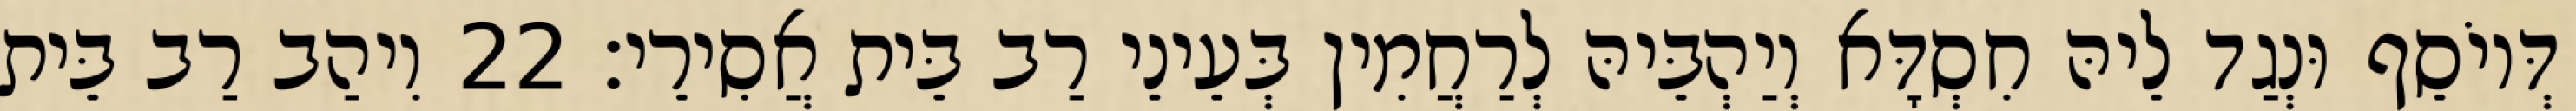
דְּיוֹסֵף וּנְגַד לֵיהּ חִסְדָּא וְיַהְבֵּיהּ לְרַחֲמִין בְּעֵינֵי רַב בֵּית אֲסִירֵי׃ 22 וִיהַב רַב בֵּית